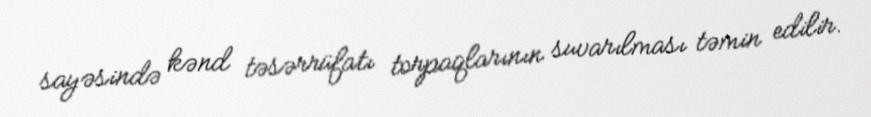
sayəsində kənd təsərrüfatı torpaqlarının suvarılması təmin edilir.